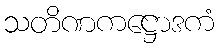
သတိဏကဋ္ဌောဒကံ